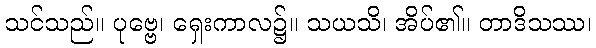
သင်သည်။ ပုဗ္ဗေ၊ ရှေးကာလ၌။ သယသိ၊ အိပ်၏။ တာဒိသဿ၊